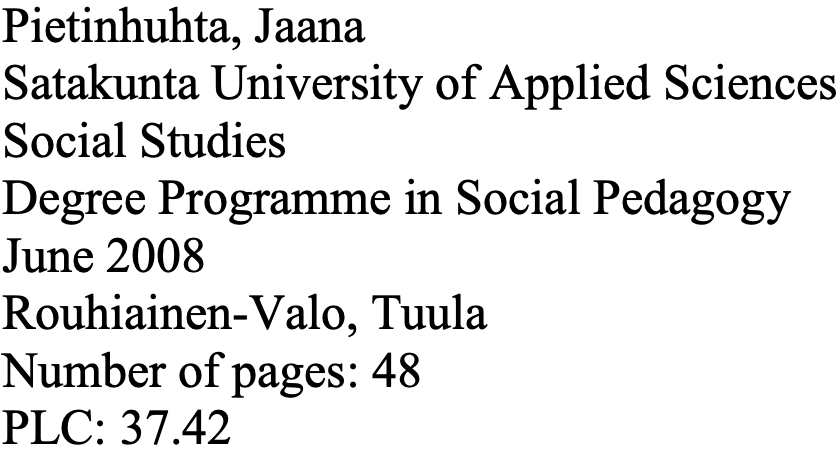
Pietinhuhta, Jaana Satakunta University of Applied Sciences Social Studies Degree Programme in Social Pedagogy June 2008 Rouhiainen-Valo, Tuula Number of pages: 48 PLC: 37.42